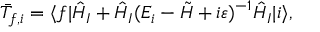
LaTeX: \bar { T } _ { f , i } = \langle f | \hat { H } _ { I } + \hat { H } _ { I } ( E _ { i } - \tilde { H } + i \varepsilon ) ^ { - 1 } \hat { H } _ { I } | i \rangle ,